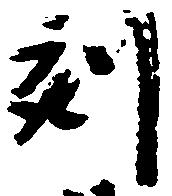
刻